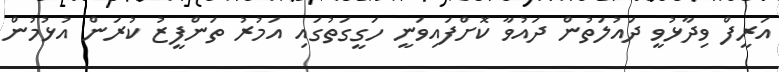
އަރީފް ވިދާޅުވީ ދައުލަތުން ދައުވާ ކޮށްފައިވަނީ ހަގީގަތުގައި އަމުރު ތަންފީޒު ކުރަން އުޅުމުން